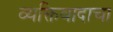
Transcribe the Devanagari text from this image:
व्यक्तिवादाचा